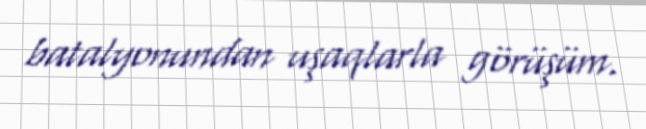
batalyonundan uşaqlarla görüşüm.